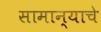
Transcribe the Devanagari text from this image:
सामान्याचे